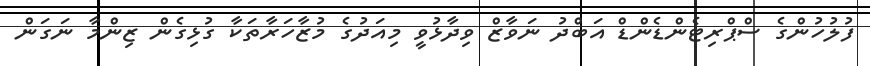
ފުލުހުންގެ ސްޕްރިޓެންޑެންޑް އަބްދު ނަވާޒް ވިދާޅުވީ މިއަދުގެ މުޒާހަރާތަކާ ގުޅިގެން ޒިންމާ ނަގަން